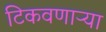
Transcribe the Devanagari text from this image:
टिकवणाऱ्या